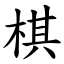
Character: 棋